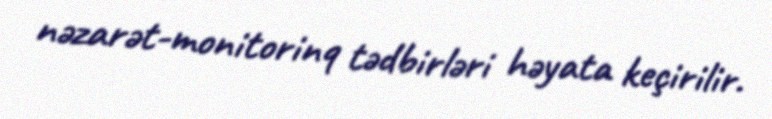
nəzarət-monitorinq tədbirləri həyata keçirilir.